Annual report of the Punjab Veterinary College and of the Civil Veterinary Department, Punjab - 1926-1932
Year: 1926
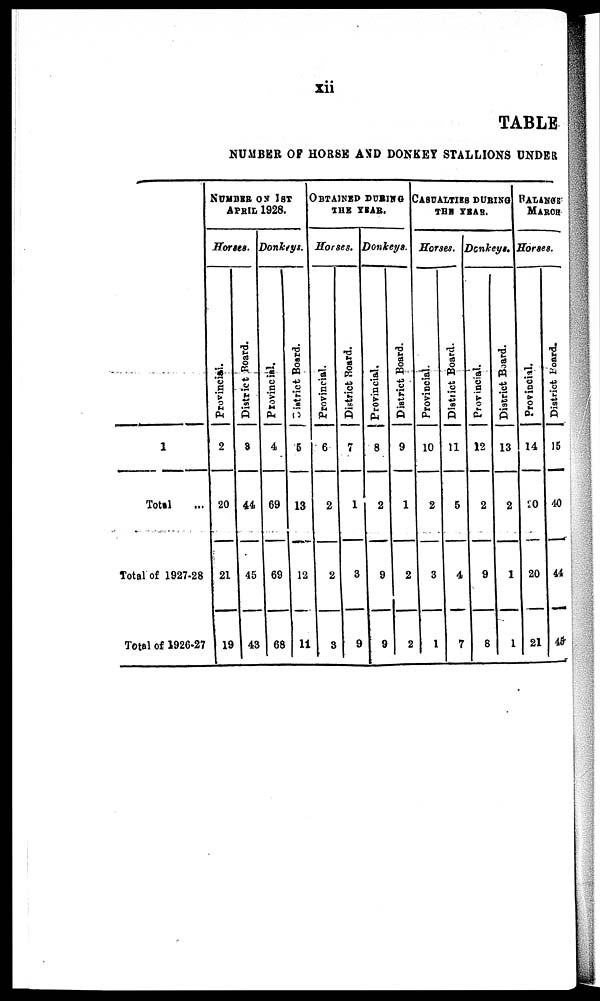
xii
TABLE
NUMBER OF HORSE AND DONKEY STALLIONS UNDER
1
Total ...
Total of 1927-28
Total of 1926-27
NUMBER ON 1st
APRIL 1928.
Horses.
Provincial.
2
20
21
19
District Board.
3
44
45
43
Donkeys.
Provincial.
4
69
69
68
District
Board.
5
13
12
11
OBTAINED DURING
THE YEAR.
Horses.
Provincial.
6
2
2
3
District Board.
7
1
3
9
Donkeys.
Provincial.
8
2
9
9
District Board.
9
1
2
2
CASUALTIES DURING
THE YEAR.
Horses.
Provincial.
10
2
3
1
District Board.
11
5
4
7
Donkeys.
Provincial.
12
2
9
8
District Board.
13
2
1
1
BALANCE
MARCH
Horses.
Provincial.
14
20
20
21
District Board.
15
40
44
45